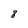
Character: 8